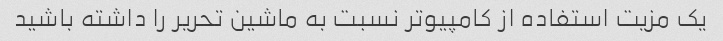
یک مزیت استفاده از کامپیوتر نسبت به ماشین تحریر را داشته باشید